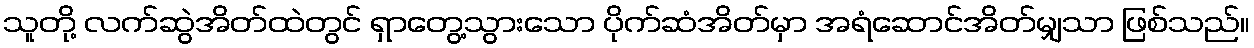
သူတို့ လက်ဆွဲအိတ်ထဲတွင် ရှာတွေ့သွားသော ပိုက်ဆံအိတ်မှာ အရံဆောင်အိတ်မျှသာ ဖြစ်သည်။